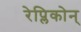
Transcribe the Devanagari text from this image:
रेप्लिकोन्